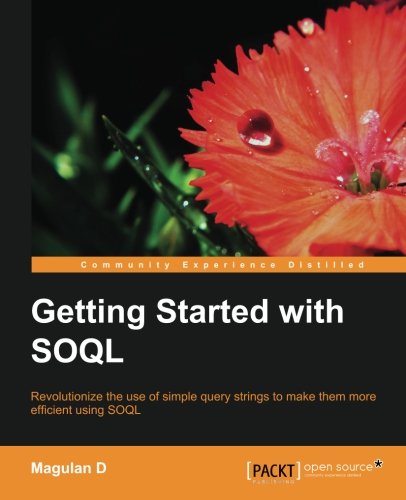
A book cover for Getting Started with SOQL; Magulan D; Computers & Technology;